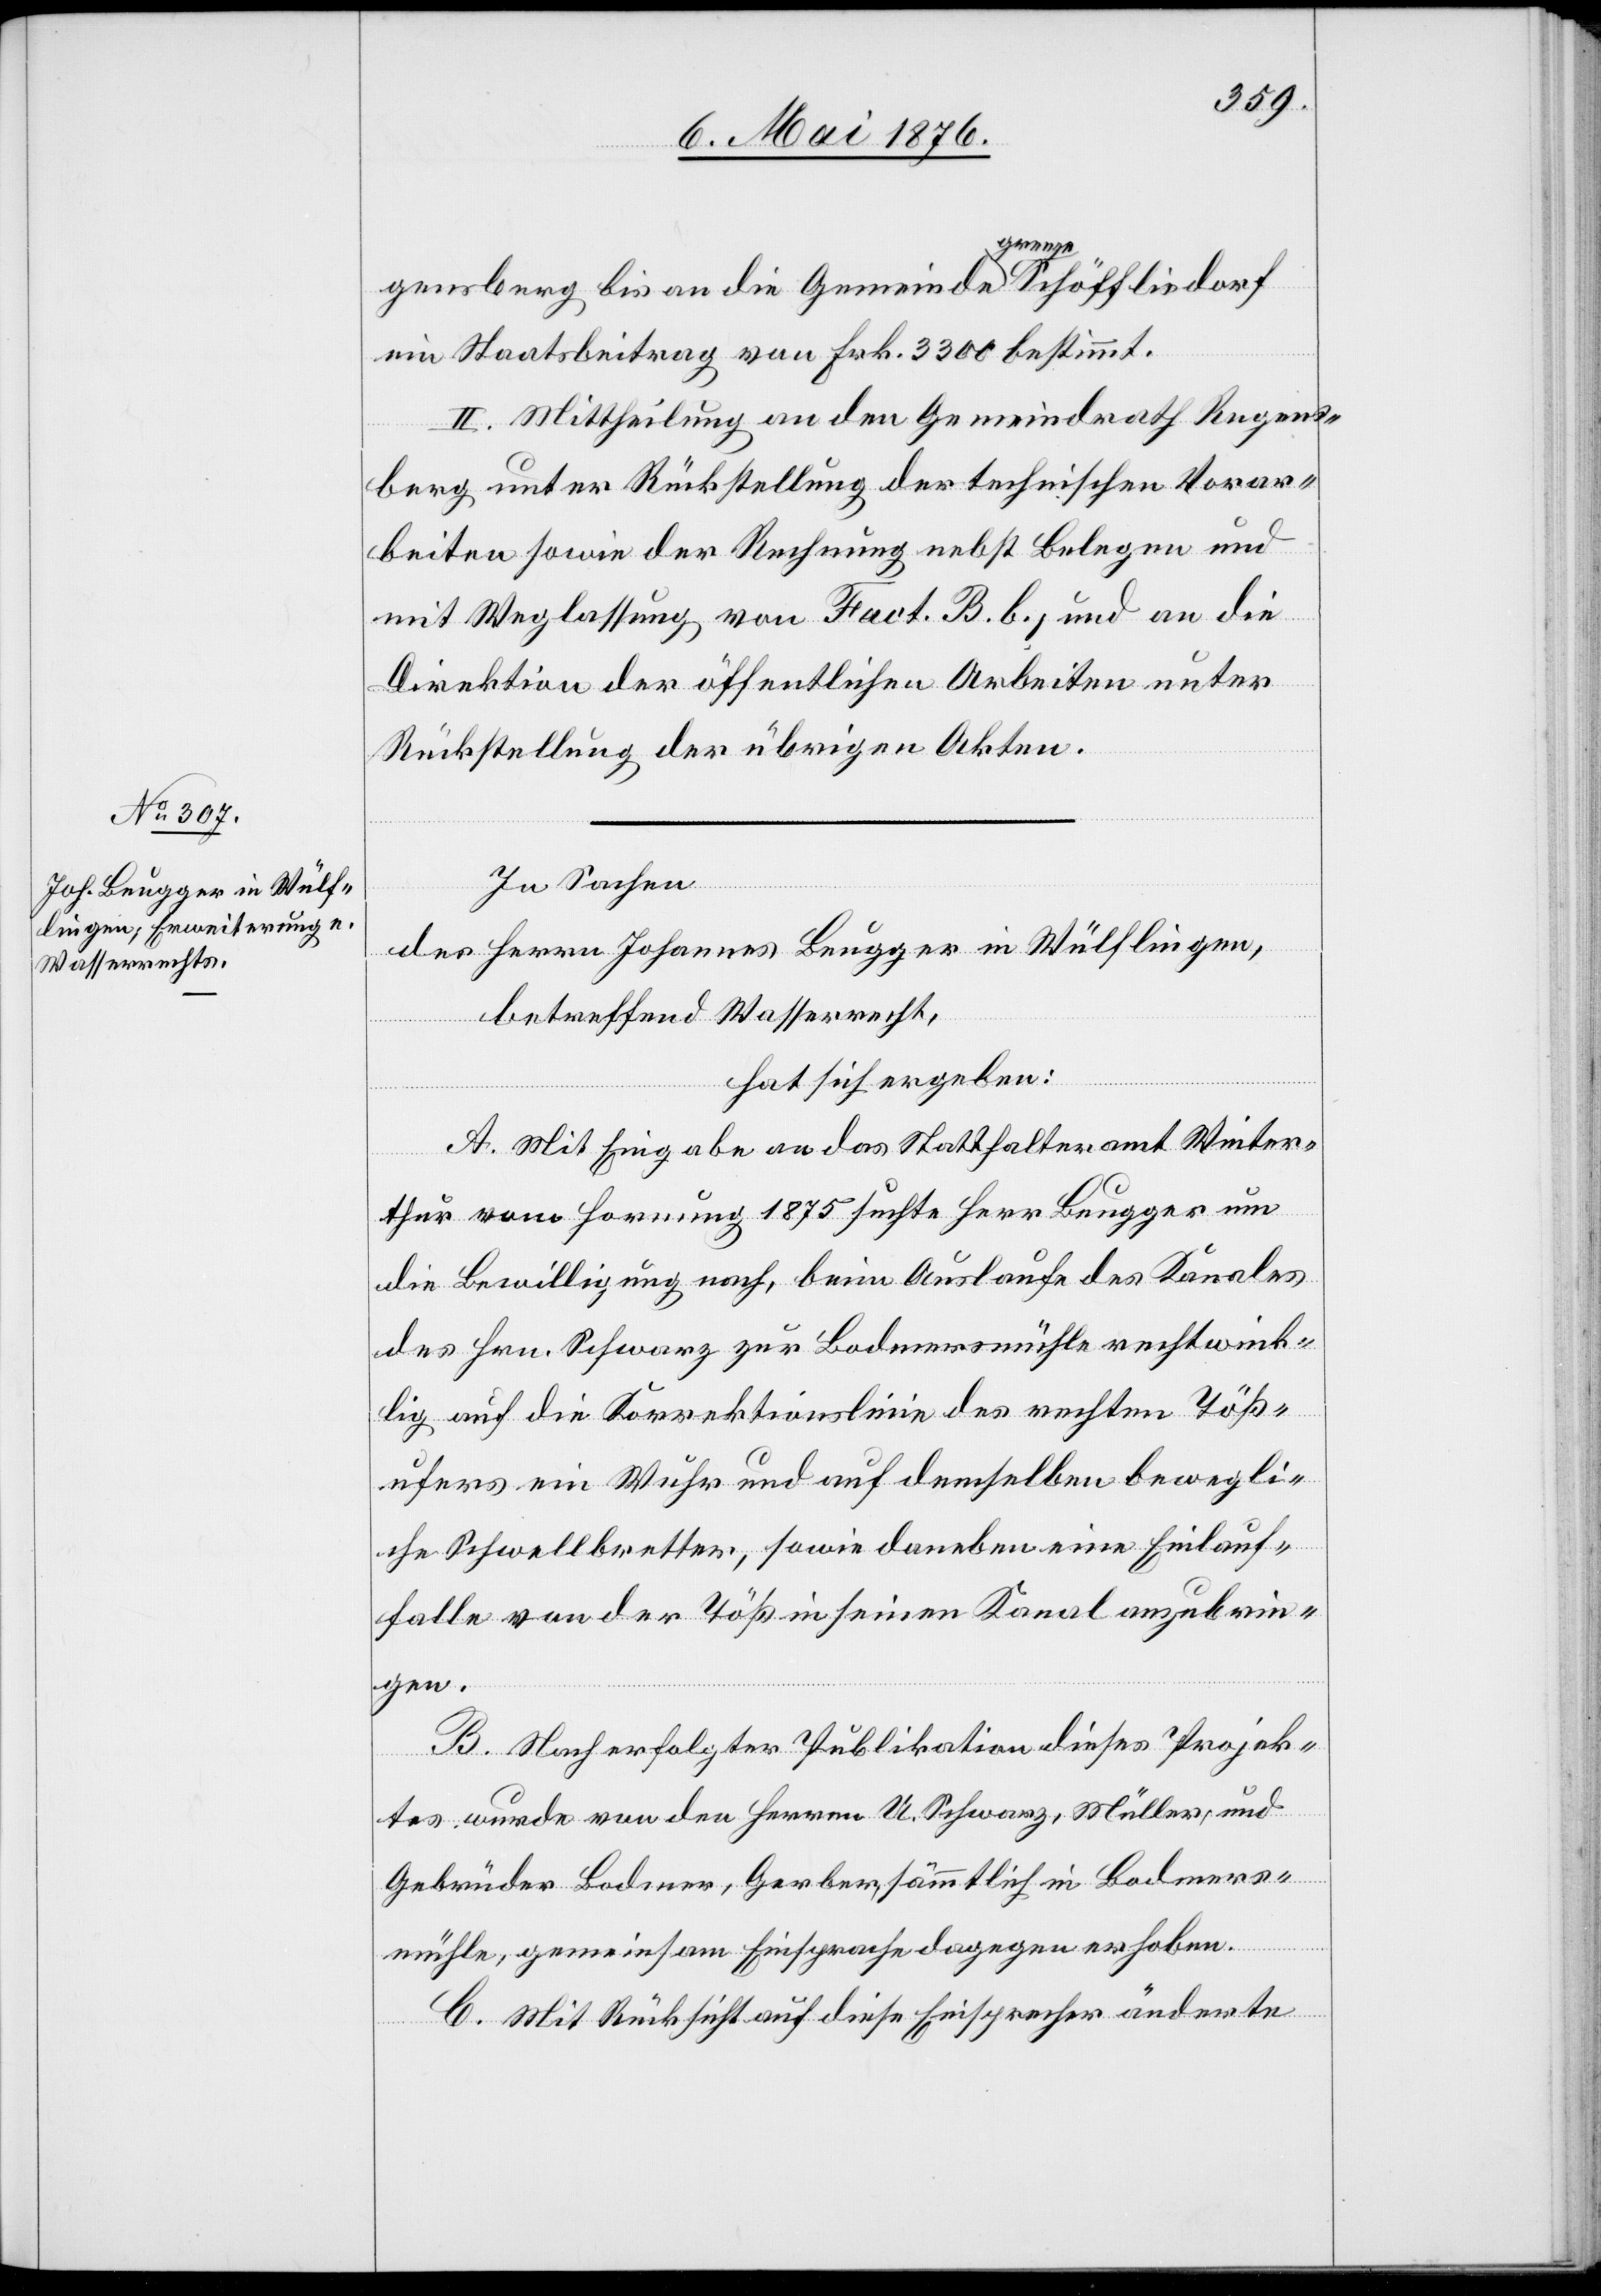
gensberg bis an die Gemeindegrenze Schöfflisdorf
ein Staatsbeitrag von Frk. 3300 bestimmt.
II. Mittheilung an den Gemeindrath Regens¬
berg unter Rückstellung der technischen Vorar¬
beiten sowie der Rechnung nebst Belegen und
mit Weglassung von Fact. B. b., und an die
Direktion der öffentlichen Arbeiten unter
Rückstellung der übrigen Akten.
In Sachen
des Herrn Johannes Beugger in Wülflingen,
betreffend Wasserrecht,
hat sich ergeben:
A. Mit Eingabe an das Statthalteramt Winter¬
thur vom Hornung 1875 suchte Herr Beugger um
die Bewilligung nach, beim Auslaufe des Kanales
des Hrn. Schwarz zur Bodmersmühle rechtwink¬
lig auf die Korrektionslinie des rechten Töß¬
ufers ein Wuhr und auf demselben bewegli¬
che Schwellbretter, sowie daneben eine Einlauf¬
falle von der Töß in seinen Kanal anzubrin¬
gen.
B. Nach erfolgter Publikation dieses Projek¬
tes wurde von den Herren U. Schwarz, Müller, und
Gebrüder Bodmer, Gerber, sämmtlich in Bodmers¬
mühle, gemeinsam Einsprache dagegen erhoben.
C. Mit Rücksicht auf diese Einsprache änderte